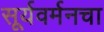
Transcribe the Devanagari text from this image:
सूर्यवर्मनचा